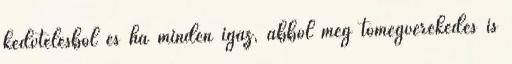
kedvtelésből és ha minden igaz, abból még tömegverekedés is